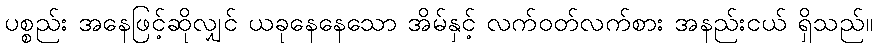
ပစ္စည်း အနေဖြင့်ဆိုလျှင် ယခုနေနေသော အိမ်နှင့် လက်ဝတ်လက်စား အနည်းငယ် ရှိသည်။